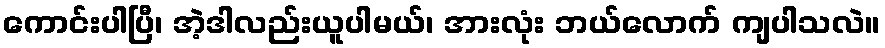
ကောင်းပါပြီ၊ အဲ့ဒါလည်းယူပါမယ်၊ အားလုံး ဘယ်လောက် ကျပါသလဲ။